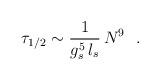
LaTeX: \begin{align*} \tau_{1/2} \sim {1\over g_s^5 \, l_s}\, N^9 ~~.\end{align*}